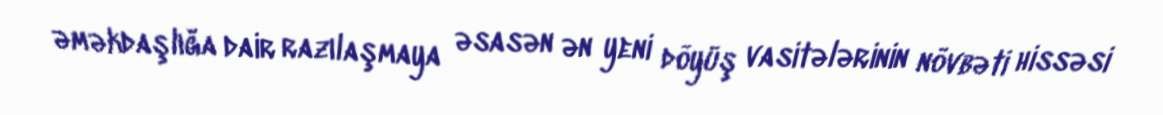
əməkdaşlığa dair razılaşmaya əsasən ən yeni döyüş vasitələrinin növbəti hissəsi